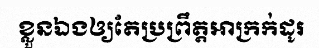
ខ្លួនឯងឲ្យតែប្រព្រឹត្តអាក្រក់ដូរ